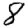
Digit: 8